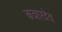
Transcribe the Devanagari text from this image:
कन्नारदेव